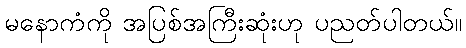
မနောကံကို အပြစ်အကြီးဆုံးဟု ပညတ်ပါတယ်။